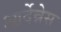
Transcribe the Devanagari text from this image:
आर्देन्नेस